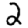
Digit: 2